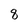
Character: 8